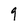
Character: 9